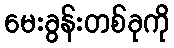
မေးခွန်းတစ်ခုကို